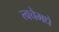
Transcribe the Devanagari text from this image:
त्वचेमधे